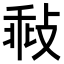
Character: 㪓